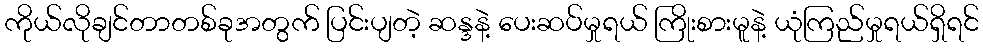
ကိုယ်လိုချင်တာတစ်ခုအတွက် ပြင်းပျတဲ့ ဆန္ဒနဲ့ ပေးဆပ်မှုရယ် ကြိုးစားမူနဲ့ ယုံကြည်မှုရယ်ရှိရင်